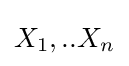
X_{1},..X_{n}